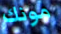
مونك